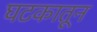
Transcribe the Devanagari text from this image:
घटकातून